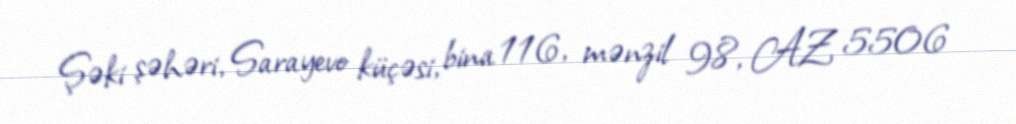
Şəki şəhəri, Sarayevo küçəsi, bina 116, mənzil 98, AZ 5506